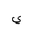
Letter: _ya